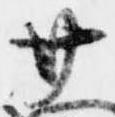
廿